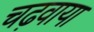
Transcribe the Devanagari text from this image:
चढ़वाया